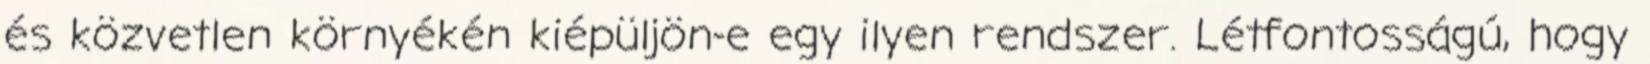
és közvetlen környékén kiépüljön-e egy ilyen rendszer. Létfontosságú, hogy